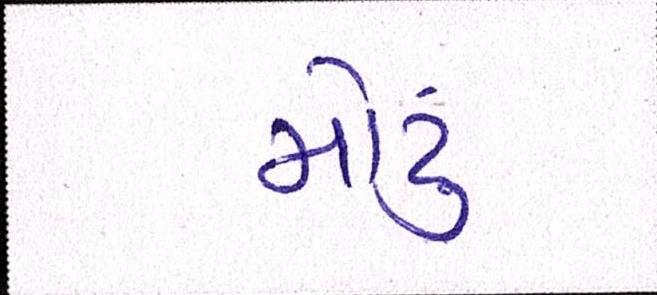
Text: મોટું